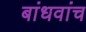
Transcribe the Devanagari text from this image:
बांधवांच